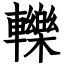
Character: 轢